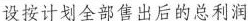
设按计划全部售出后的总利润